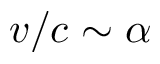
v / c \sim \alpha